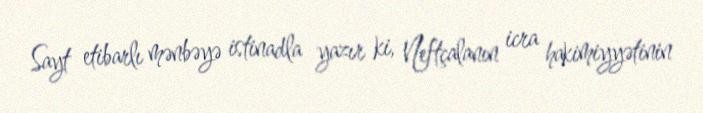
Sayt etibarlı mənbəyə istinadla yazır ki, Neftçalanın icra hakimiyyətinin